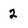
Character: 2